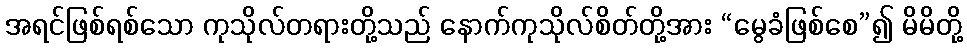
အရင်ဖြစ်ရစ်သော ကုသိုလ်တရားတို့သည် နောက်ကုသိုလ်စိတ်တို့အား “မွေခံဖြစ်စေ”၍ မိမိတို့